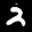
Label: 2